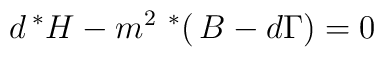
d\,^{*}H-m^2\ ^{*}(\,B-d\Gamma )=0